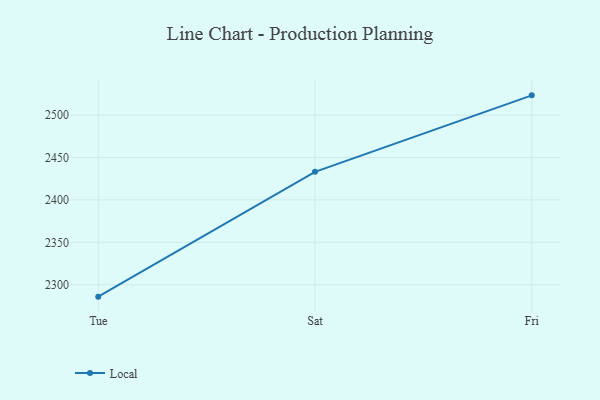
{"axis": {"x": "Day", "y": "Bounce Rate (%)"}, "legend": ["Local"], "data": [{"x": "Tue", "y": 2286.0, "type": "Local"}, {"x": "Sat", "y": 2433.1, "type": "Local"}, {"x": "Fri", "y": 2523.2, "type": "Local"}]}